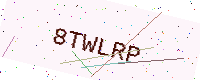
Text: 8TWLRP